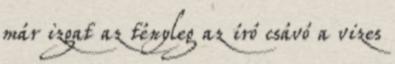
már izgat az tényleg az író csávó a vizes